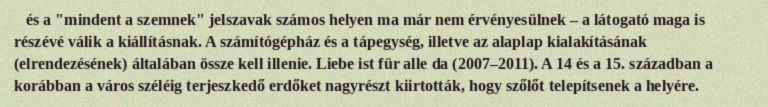
és a "mindent a szemnek" jelszavak számos helyen ma már nem érvényesülnek – a látogató maga is részévé válik a kiállításnak. A számítógépház és a tápegység, illetve az alaplap kialakításának (elrendezésének) általában össze kell illenie. Liebe ist für alle da (2007–2011). A 14 és a 15. században a korábban a város széléig terjeszkedő erdőket nagyrészt kiirtották, hogy szőlőt telepítsenek a helyére.